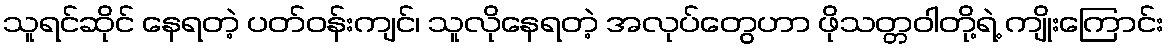
သူရင်ဆိုင် နေရတဲ့ ပတ်ဝန်းကျင်၊ သူလိုနေရတဲ့ အလုပ်တွေဟာ ဖိုသတ္တဝါတို့ရဲ့ ကျိုးကြောင်း